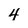
Character: 4